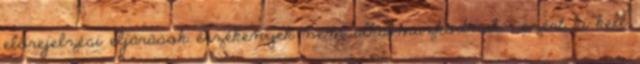
előrejelzési eljárások érzékenyek nem alkalmazkodnak , ezért ki kell